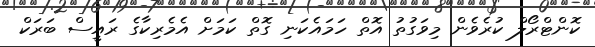
ކޮންޓްރޯލް ކުރެވެން މިވަގުތު އޮތް ހަމައެކަނި ގޮތް ކަމަށް އެމެރިކާގެ ރައީސް ބަރަކް